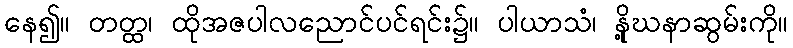
နေ၍။ တတ္ထ၊ ထိုအဇပါလညောင်ပင်ရင်း၌။ ပါယာသံ၊ နို့ဃနာဆွမ်းကို။